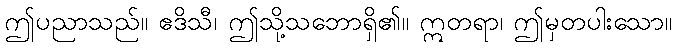
ဤပညာသည်။ ဧဒိသီ၊ ဤသို့သဘောရှိ၏။ ဣတရာ၊ ဤမှတပါးသော။